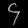
Digit: ၄